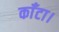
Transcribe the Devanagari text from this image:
काँटा।